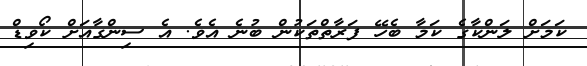
ކަމަށް ލަންކާގެ ކަމާ ބެހޭ ފަރާތްތަކުން ބުނެ އެވެ. އެ ސިންގާއަށް ކޯވިޑް